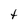
Character: t